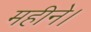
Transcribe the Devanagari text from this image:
महीने।